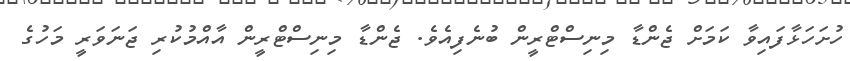
ހުށަހަޅާފައިވާ ކަމަށް ޖެންޑާ މިނިސްޓްރީން ބުނެފިއެވެ. ޖެންޑާ މިނިސްޓްރީން އާއްމުކުރި ޖަނަވަރީ މަހުގެ